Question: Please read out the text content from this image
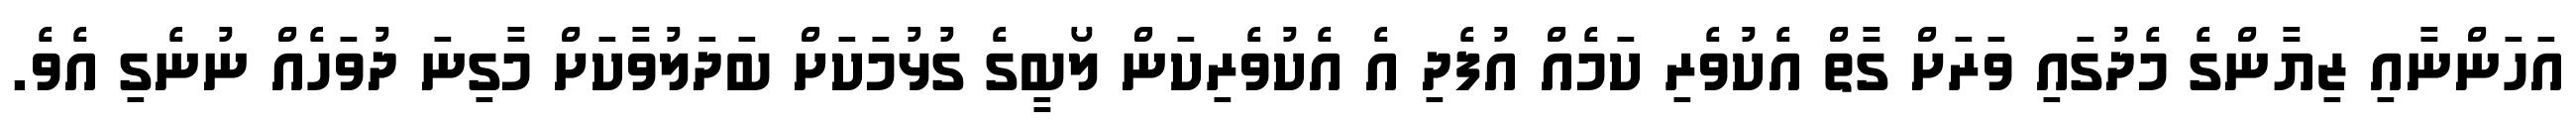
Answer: އަހަންނާއި ޒިޔާންގެ މެދުގައި ވަރަށް ގާތް އެކުވެރި ކަމެއް އުފެދި އެ އެކުވެރިކަން ލޯބީގެ ގުޅުމަކަށް ބަދަލުވާކަށް މާގިނަ ދުވަހެއް ނުނެގި އެވެ.